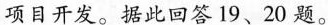
项目开发。据此回答19、20题。